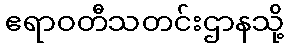
ဧရာဝတီသတင်းဌာနသို့